Papaver somniferum - Opium : an extract from the sixth volume of the Dictionary of Economic Products of India
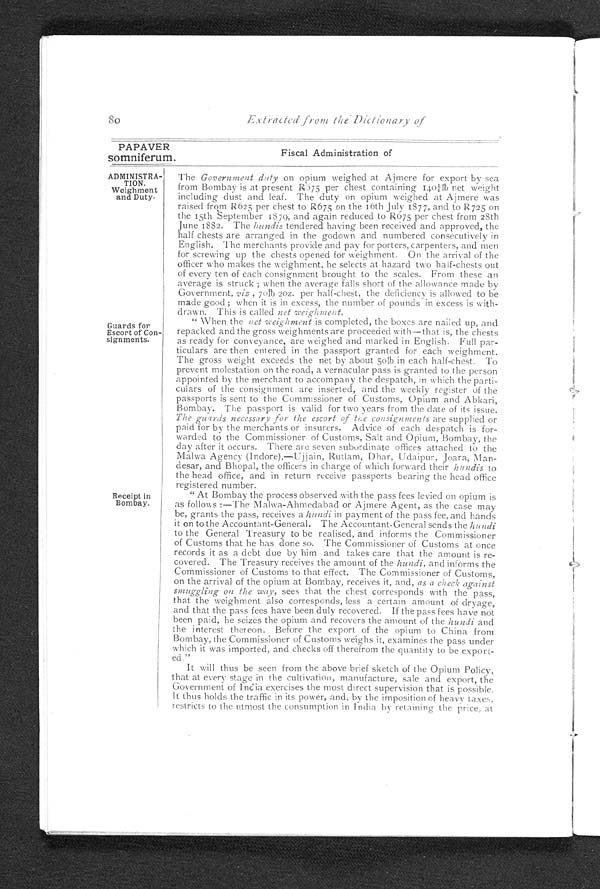
PAPAVER
somniferum.
ADMINISTRA-
TION.
Weighment
and Duty-
Extracted from the Dictionary of
Guards for
Escort of Con-
signments.
Receipt in
Bombay.
Fiscal Administration of
The Government duty on opium weighed at Ajmere for export by sea
from Bombay is at present R675 per chest containing 1401/4lb net weight
including dust and leaf. The duty on opium weighed at Ajmere was
raised from R625 per chest to R675 on the 16th July 1877, and to R725 on
15th September 1870 and again reduced to R675 per chest from 28th
June 1882. The hundis tendered having been received and approved, the
half chests are arranged in the godown and numbered consecutively in
English. The merchants provide and pay for porters, carpenters, and men
for screwing up the chests opened for weighment. On the arrival of the
officer who makes the weighment, he selects at hazard two half-chests out
of every ten of each consignment brought to the scales. From these an
average is struck ; when the average falls short of the allowance made by
Government, viz , 70lb 20z. per half-chest, the deficiency is allowed to be
made good ; when it is in excess, the number of pounds in excess is with--
drawn. This is called net weighment.
" When the net weighment is completed, the boxes are nailed up, and
repacked and the gross weighments are proceeded with-that is, the chests
as ready for conveyance, are weighed and marked in English. Full par--
ticulars are then entered in the passport granted for each weighment.
The gross weight exceeds the net by about 5olb in each half-chest. To
prevent molestation on the road, a vernacular pass is granted to the person
appointed by the merchant to accompany the despatch, in which the parti--
culars of the consignment are inserted, and the weekly register of the
passports is sent to the Commissioner of Customs, Opium and Abkari,
Bombay. The passport is valid for two years from the date of its issue.
The guards necessary for the escort of the consignments are supplied or
paid for by the merchants or insurers. Advice of each despatch is for-
- w a r d e d t o t h e C o m m i s s i o n e r o f C u s t o m s , S a l t a n d O p i u m , B o m b a y , t h e
day after it occurs. There are seven subordinate offices attached to the
Malwa Agency (Indore),—Ujjain, Rutlam, Dhar, Udaipur, Joara, Man- -
desar, and Bhopal, the officers in charge of which forward their hundis to
the head office, and in return receive passports bearing the head office
registered number.
.
_
. _
" At Bombay the process observed with the pass fees levied on opium is
as follows :—The Malwa-Ahmedabad or Ajmere Agent, as the case may
be, grants the pass, receives a hundi in payment of the pass fee, and hands
it on to the Accountant-General. The Accountant-General sends the hundi
to the General Treasury to be realised, and informs the Commissioner
of Customs that he has done so. The Commissioner of Customs at once
records it as a debt due by him and takes care that the amount is re- -
covered. The Treasury receives the amount of the hundi, and informs the
Commissioner of Customs to that effect. The Commissioner of Customs,
on the arrival of the opium at Bombay, receives it, and, as a check against
smuggling on the way, sees that the chest corresponds with the pass,
that the weighment also corresponds, less a certain amount of dryage,
and that the pass fees have been duly recovered. If the pass fees have not
been paid, he seizes the opium and recovers the amount of the hundi and
the interest thereon. Before the export of the opium to China from
Bombay, the Commissioner of Customs weighs it, examines the pass under
which it was imported, and checks off therefrom the quantity to be export--
ed."
It will thus be seen from the above brief sketch of the Opium Policy,
that at every stage in the cultivation, manufacture, sale and export, the
Government of India exercises the most direct supervision that is possible.
It thus holds the traffic in its power, and, by the imposition of heavy taxes,
restricts to the utmost the consumption in India by retaining the price, at